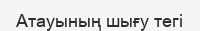
Атауының шығу тегі